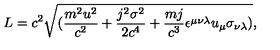
L = c ^ { 2 } \sqrt { ( { \frac { m ^ { 2 } u ^ { 2 } } { c ^ { 2 } } } + { \frac { j ^ { 2 } \sigma ^ { 2 } } { 2 c ^ { 4 } } } + { \frac { m j } { c ^ { 3 } } } \epsilon ^ { \mu \nu \lambda } u _ { \mu } \sigma _ { \nu \lambda } ) } ,